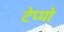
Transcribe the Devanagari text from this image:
टेप्पो